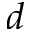
d